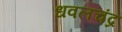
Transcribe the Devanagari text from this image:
धवलचंद्र